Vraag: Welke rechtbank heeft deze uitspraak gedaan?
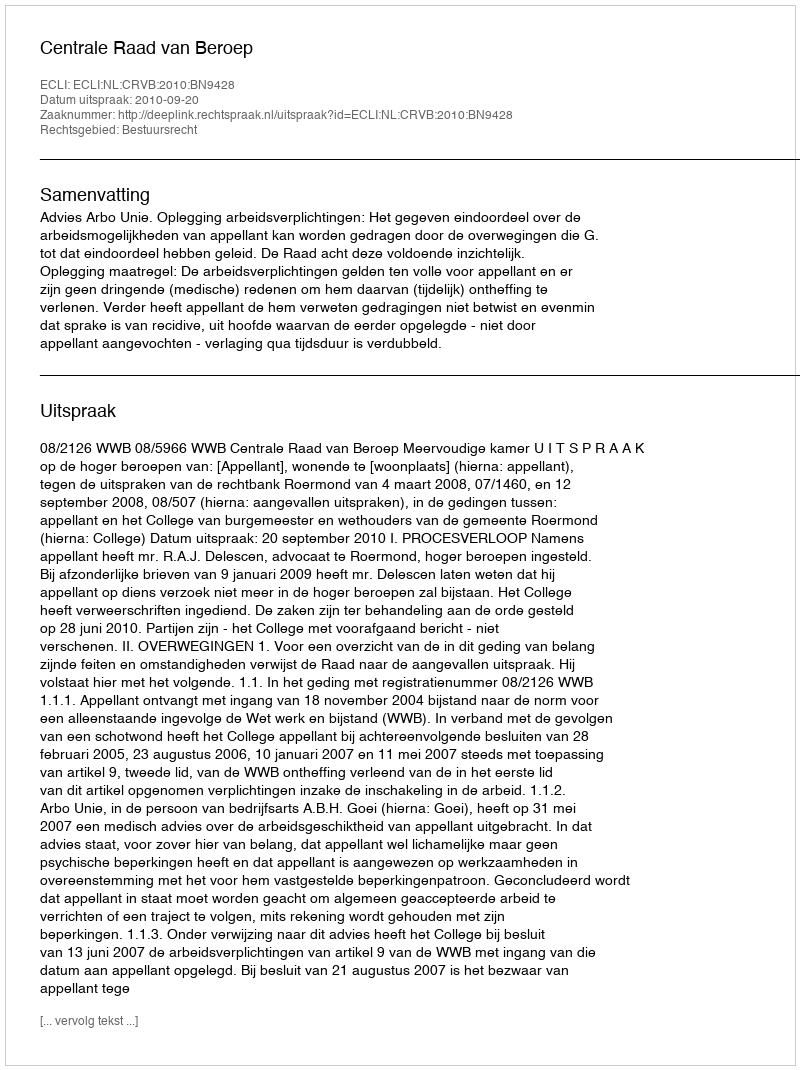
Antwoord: Centrale Raad van Beroep